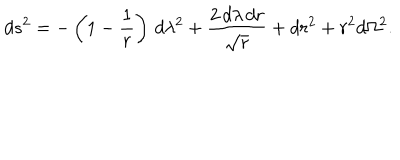
d s ^ { 2 } = - \left( 1 - { \frac { 1 } { r } } \right) \, d \lambda ^ { 2 } + { \frac { 2 \, d \lambda \, d r } { \sqrt { r } } } + d r ^ { 2 } + r ^ { 2 } d \Omega ^ { 2 } .